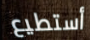
أستطيع